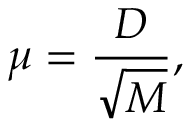
\mu = { \frac { D } { \sqrt { M } } } ,